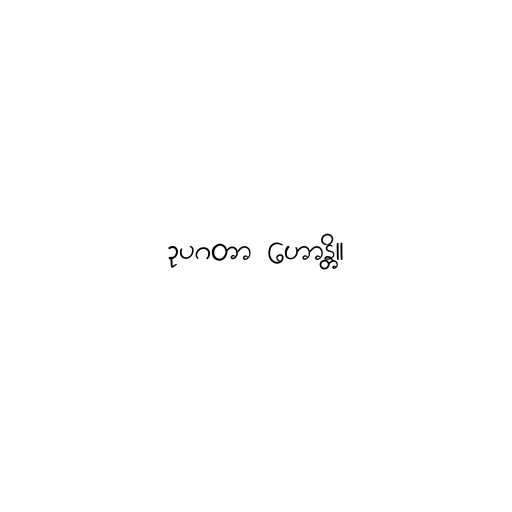
ဥပဂတာ ဟောန္တိ။